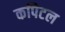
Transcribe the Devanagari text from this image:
कपिटल